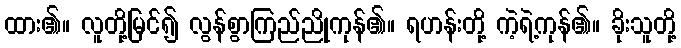
ထား၏။ လူတို့မြင်၍ လွန်စွာကြည်ညိုကုန်၏။ ရဟန်းတို့ ကဲ့ရဲ့ကုန်၏။ ခိုးသူတို့